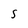
Character: S